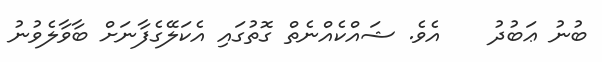
ބުނު ޢަބުދު    އެވެ. ޝައްކެއްނެތް ގޮތުގައި އެކަލޭގެފާނަށް ބާވާލެވުނު